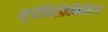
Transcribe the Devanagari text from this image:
स्पेकिफ़िकितिएस